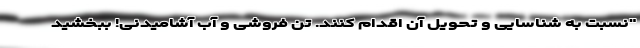
"نسبت به شناسایی و تحویل آن اقدام کنند. تن فروشی و آب آشامیدنی! ببخشید